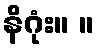
နိဂုံး။ ။